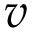
v